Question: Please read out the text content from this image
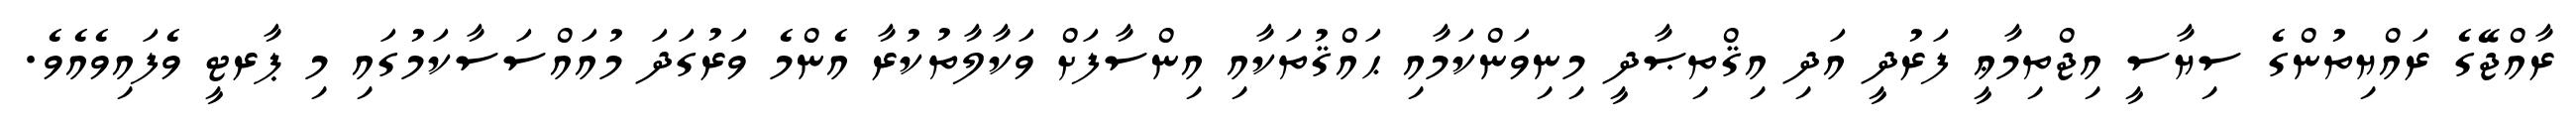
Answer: ރާއްޖޭގެ ރައްޔިތުންގެ ސިޔާސީ އިޖްތިމާޢީ ފަރުދީ އަދި އިޤްތިޞާދީ މިނިވަންކަމާއި ޙައްޤުތަކާއި އިންސާފަށް ވަކާލާތުކުރާ އެންމެ ވަރުގަދަ މުއައްސަސާކަމުގައި މި ޕާރޓީ ވެފައިވެއެވެ.